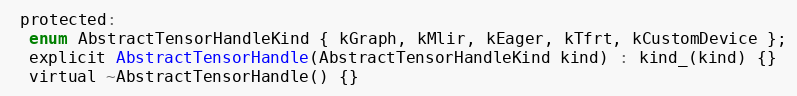
Language: C
 protected:
  enum AbstractTensorHandleKind { kGraph, kMlir, kEager, kTfrt, kCustomDevice };
  explicit AbstractTensorHandle(AbstractTensorHandleKind kind) : kind_(kind) {}
  virtual ~AbstractTensorHandle() {}